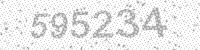
Solution: 595234